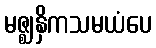
မဇ္ဈနှိကသမယံပေ